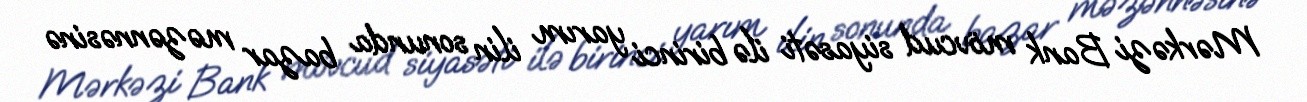
Mərkəzi Bank mövcud siyasəti ilə birinci yarım ilin sonunda bazar məzənnəsinə